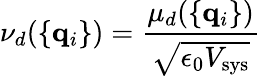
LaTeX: \nu_{d}(\{ {\mathbf q}_{i}\} )={\frac{\mu_{d}(\{ {\mathbf q}_{i}\} )}{\sqrt{\epsilon_{0}V_{\mathrm{sys}}}}}